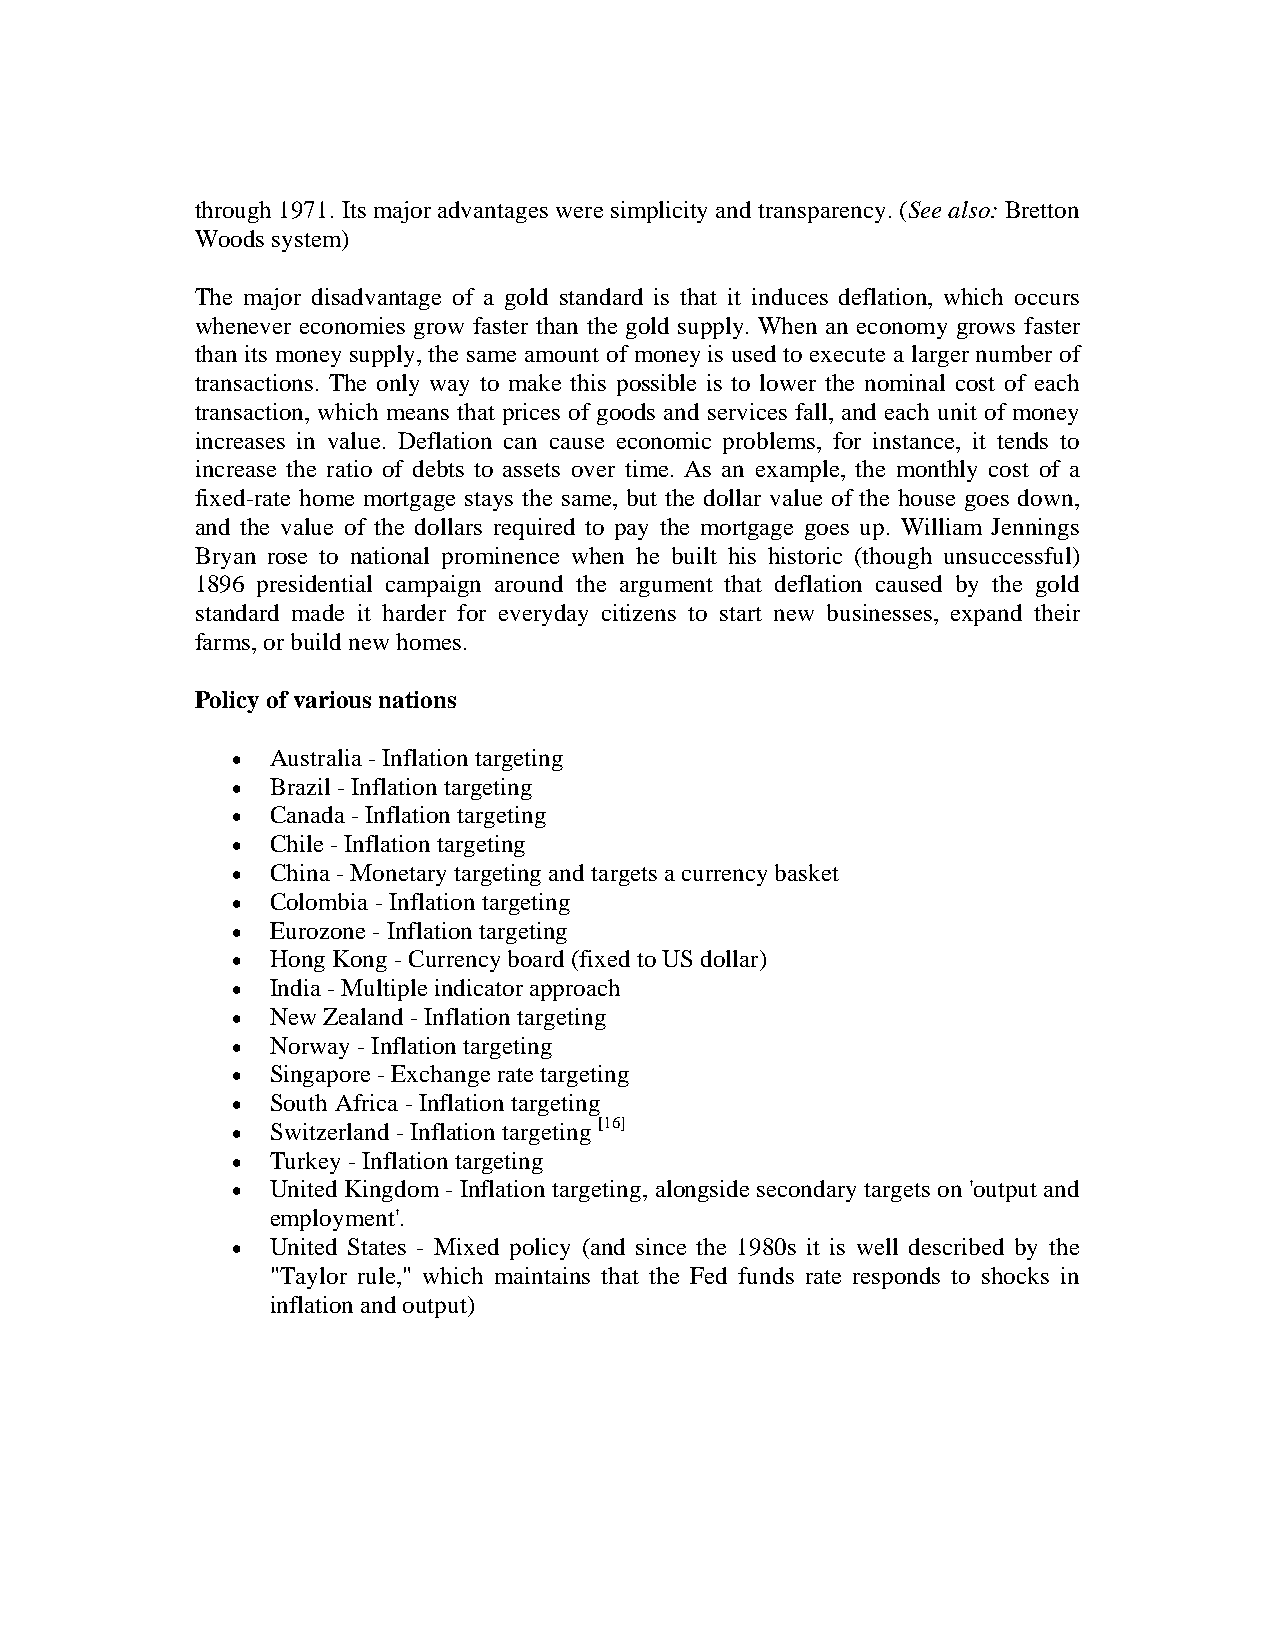
through 1971. Its major advantages were simplicity and transparency. (See also: Bretton
 Woods system)
 The major disadvantage of a gold standard is that it induces deflation, which occurs
 whenever economies grow faster than the gold supply. When an economy grows faster
 than its money supply, the same amount of money is used to execute a larger number of
 transactions. The only way to make this possible is to lower the nominal cost of each
 transaction, which means that prices of goods and services fall, and each unit of money
 increases in value. Deflation can cause economic problems, for instance, it tends to
 increase the ratio of debts to assets over time. As an example, the monthly cost of a
 fixed-rate home mortgage stays the same, but the dollar value of the house goes down,
 and the value of the dollars required to pay the mortgage goes up. William Jennings
 Bryan rose to national prominence when he built his historic (though unsuccessful)
 1896 presidential campaign around the argument that deflation caused by the gold
 standard made it harder for everyday citizens to start new businesses, expand their
 farms, or build new homes.
 Policy of various nations
 •  Australia - Inflation targeting
 •  Brazil - Inflation targeting
 •  Canada - Inflation targeting
 •  Chile - Inflation targeting
 •  China - Monetary targeting and targets a currency basket
 •  Colombia - Inflation targeting
 •  Eurozone - Inflation targeting
 •  Hong Kong - Currency board (fixed to US dollar)
 •  India - Multiple indicator approach
 •  New Zealand - Inflation targeting
 •  Norway - Inflation targeting
 •  Singapore - Exchange rate targeting
 •  South Africa - Inflation targeting
 •  Switzerland - Inflation targeting [16]
 •  Turkey - Inflation targeting
 •  United Kingdom - Inflation targeting, alongside secondary targets on 'output and
 employment'.
 •  United States - Mixed policy (and since the 1980s it is well described by the
 "Taylor rule," which maintains that the Fed funds rate responds to shocks in
 inflation and output)